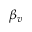
\beta _ { v }